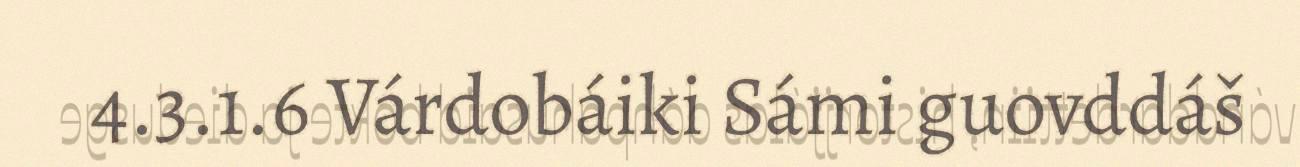
4.3.1.6 Várdobáiki Sámi guovddáš